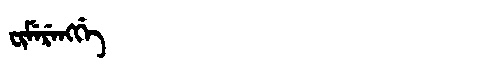
Manchu: ᠸᡳᠮᡝᡵᡝᠩᡤᡝ
Romanization: FIMERENGGE